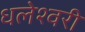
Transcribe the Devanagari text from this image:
धलेश्वरी